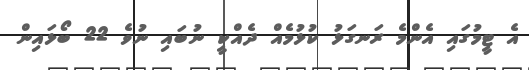
އެ ޓީމުގައި އެންމެ ރަނގަޅު ކުޅުމެއް ދެއްކީ ނުބައި ނުވެ 22 ބޯޅައިން